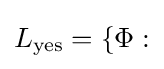
L_{\mathrm {yes} }=\{\Phi :